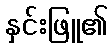
နှင်းဖြူ၏